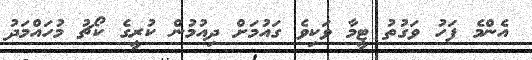
އެންމެ ފަހު ވަގުތު ޓީމާ ވަކިވެ ގައުމަށް ދިއުމުން ކުރީގެ ކޯޗު މުހައްމަދު